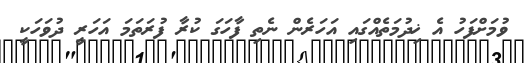
ވުމަށްފަހު އެ ޚިދުމަތެއްގައި އަހަރެން ނެތި ފާހަގަ ކުރާ ފުރަތަމަ އަހަރީ ދުވަހަކީ